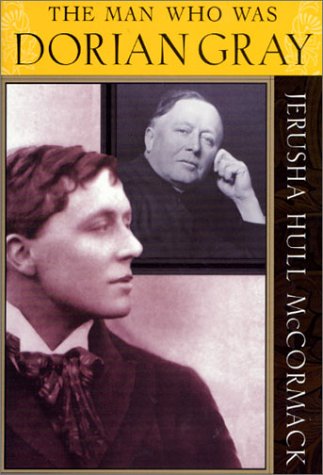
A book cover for The Man Who Was Dorian Gray; Jerusha Hull McCormack; Gay & Lesbian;